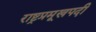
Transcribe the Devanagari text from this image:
राष्ट्रप्रमूखपदी